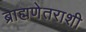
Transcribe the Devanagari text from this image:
ब्राह्मणेतराशी